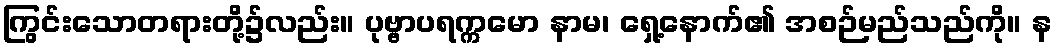
ကြွင်းသောတရားတို့၌လည်း။ ပုဗ္ဗာပရက္ကမော နာမ၊ ရှေ့နောက်၏ အစဉ်မည်သည်ကို။ န